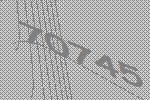
70745